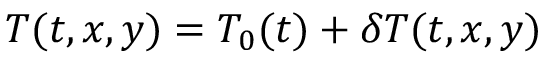
T ( t , x , y ) = T _ { 0 } ( t ) + \delta T ( t , x , y )